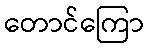
တောင်ကြော